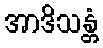
အာဒိသန္တံ